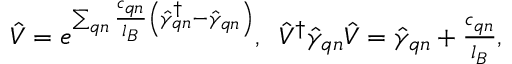
\begin{array} { r } { \hat { V } = e ^ { \sum _ { \boldsymbol { q } n } \frac { c _ { \boldsymbol { q } n } } { l _ { B } } \left( \hat { \gamma } _ { \boldsymbol { q } n } ^ { \dagger } - \hat { \gamma } _ { \boldsymbol { q } n } \right) } , \; \; \hat { V } ^ { \dagger } \hat { \gamma } _ { \boldsymbol { q } n } \hat { V } = \hat { \gamma } _ { \boldsymbol { q } n } + \frac { c _ { \boldsymbol { q } n } } { l _ { B } } , } \end{array}